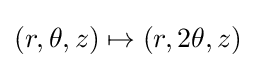
(r,\theta ,z)\mapsto (r,2\theta ,z)